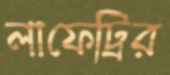
লাফেট্রির